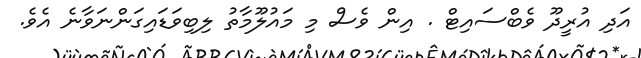
އަދި އުރީދޫ ވެބްސައިޓް . އިން ވެސް މި މައުލޫމާތު ލިބިވަޑައިގަންނަވާނެ އެވެ.